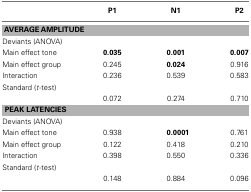
<table><thead><tr><td></td><td><b>P1</b></td><td><b>N1</b></td><td><b>P2</b></td></tr></thead><tbody><tr><td colspan="4"><b>AVERAGE AMPLITUDE</b></td></tr><tr><td colspan="4">Deviants (ANOVA)</td></tr><tr><td>Main effect tone</td><td><b>0.035</b></td><td><b>0.001</b></td><td><b>0.007</b></td></tr><tr><td>Main effect group</td><td>0.245</td><td><b>0.024</b></td><td>0.916</td></tr><tr><td>Interaction</td><td>0.236</td><td>0.539</td><td>0.583</td></tr><tr><td>Standard (<i>t</i>-test)</td></tr><tr><td></td><td>0.072</td><td>0.274</td><td>0.710</td></tr><tr><td colspan="4"><b>PEAK LATENCIES</b></td></tr><tr><td>Deviants (ANOVA)</td></tr><tr><td>Main effect tone</td><td>0.938</td><td><b>0.0001</b></td><td>0.761</td></tr><tr><td>Main effect group</td><td>0.122</td><td>0.418</td><td>0.210</td></tr><tr><td>Interaction</td><td>0.398</td><td>0.550</td><td>0.336</td></tr><tr><td>Standard (<i>t</i>-test)</td></tr><tr><td></td><td>0.148</td><td>0.884</td><td>0.096</td></tr></tbody></table>